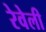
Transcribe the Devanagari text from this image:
रेवेली